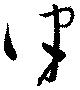
律